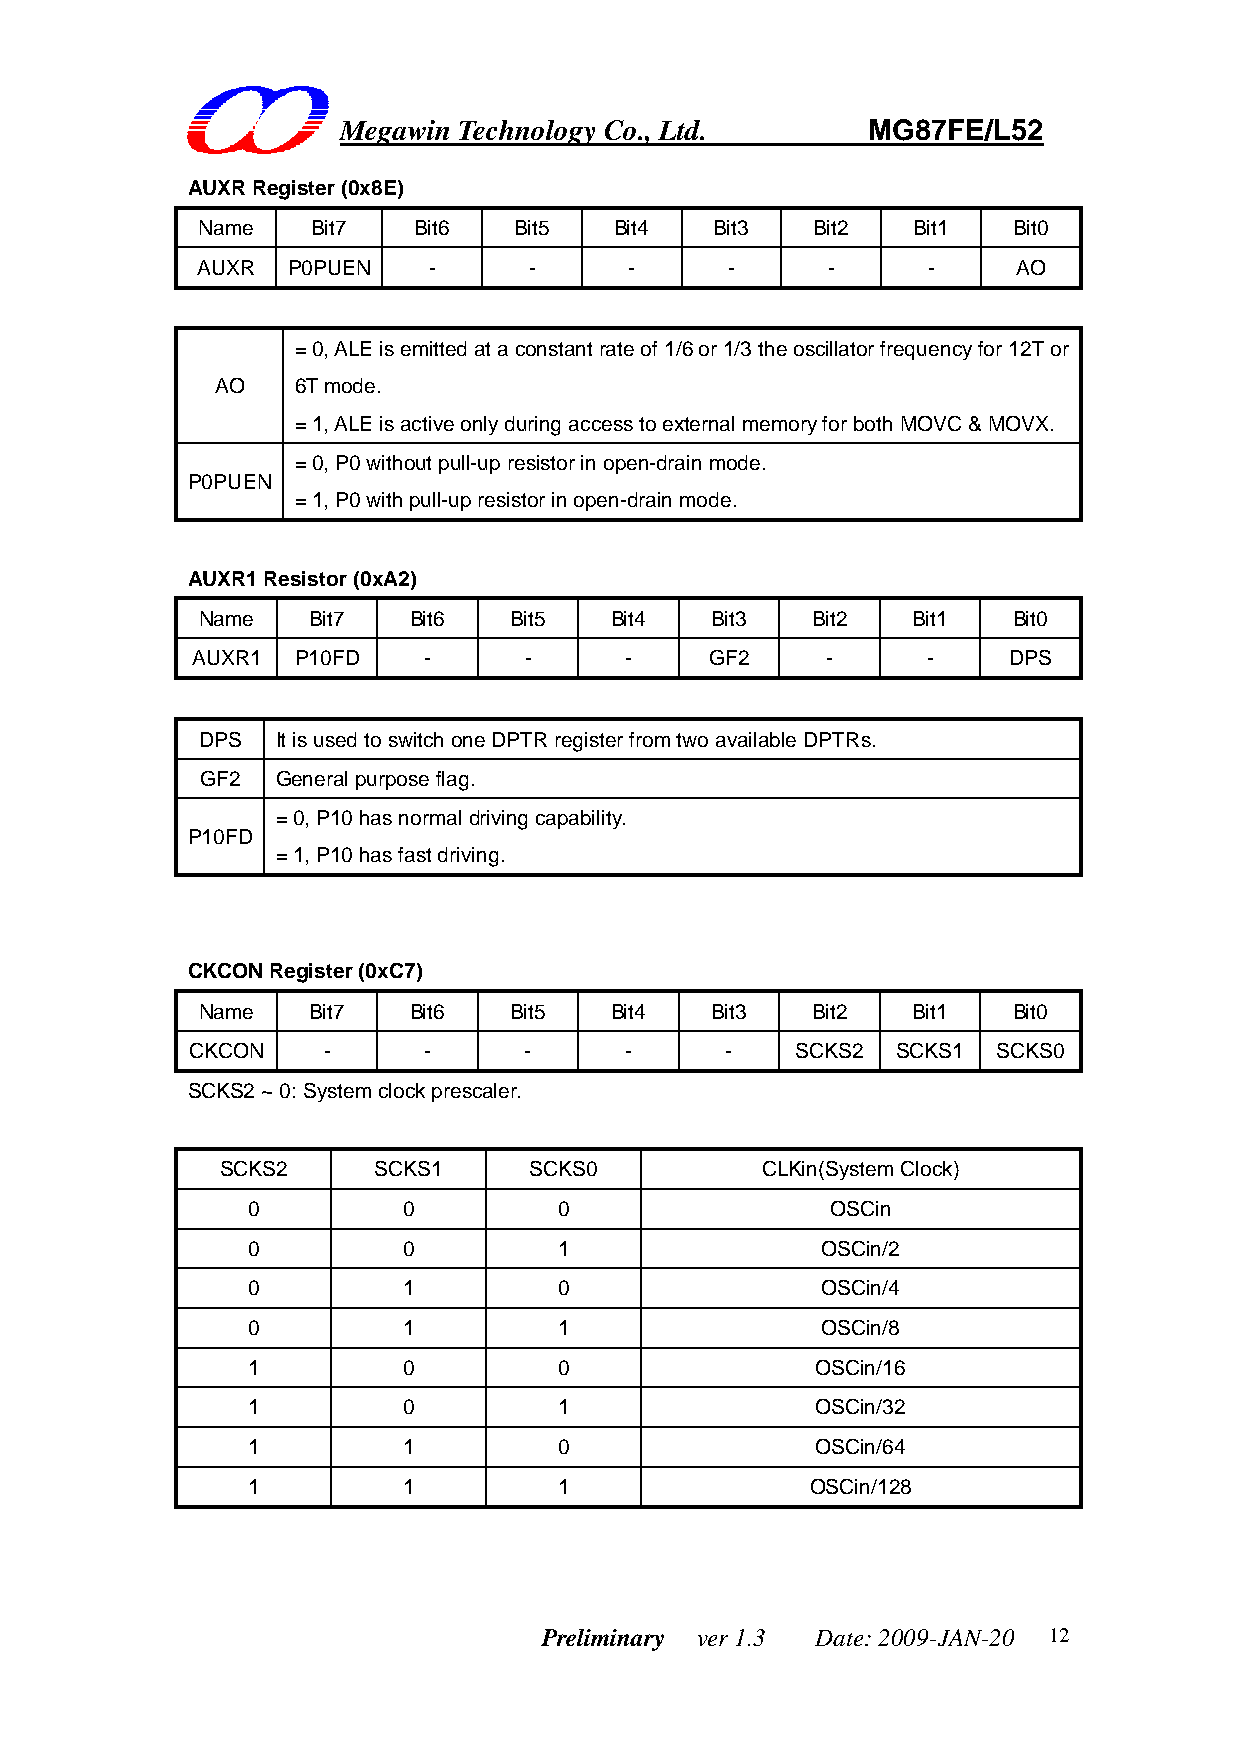
Megawin Technology Co., Ltd.       MG87FE/L52
 AUXR Register (0x8E)
 Name    Bit7  Bit6   Bit5   Bit4  Bit3   Bit2  Bit1   Bit0
 AUXR  P0PUEN   -      -      -     -      -     -     AO
 = 0, ALE is emitted at a constant rate of 1/6 or 1/3 the oscillator frequency for 12T or
 AO   6T mode.
 = 1, ALE is active only during access to external memory for both MOVC & MOVX.
 = 0, P0 without pull-up resistor in open-drain mode.
 P0PUEN
 = 1, P0 with pull-up resistor in open-drain mode.
 AUXR1 Resistor (0xA2)
 Name   Bit7   Bit6   Bit5  Bit4   Bit3   Bit2  Bit1   Bit0
 AUXR1 P10FD    -      -     -     GF2     -     -     DPS
 DPS  It is used to switch one DPTR register from two available DPTRs.
 GF2  General purpose flag.
 = 0, P10 has normal driving capability.
 P10FD
 = 1, P10 has fast driving.
 CKCON Register (0xC7)
 Name   Bit7   Bit6   Bit5  Bit4   Bit3   Bit2  Bit1   Bit0
 CKCON    -      -      -     -      -    SCKS2 SCKS1  SCKS0
 SCKS2 ~ 0: System clock prescaler.
 SCKS2     SCKS1     SCKS0          CLKin(System Clock)
 0          0         0                 OSCin
 0          0         1                OSCin/2
 0          1         0                OSCin/4
 0          1         1                OSCin/8
 1          0         0                OSCin/16
 1          0         1                OSCin/32
 1          1         0                OSCin/64
 1          1         1                OSCin/128
 Preliminary ver 1.3 Date: 2009-JAN-20 12